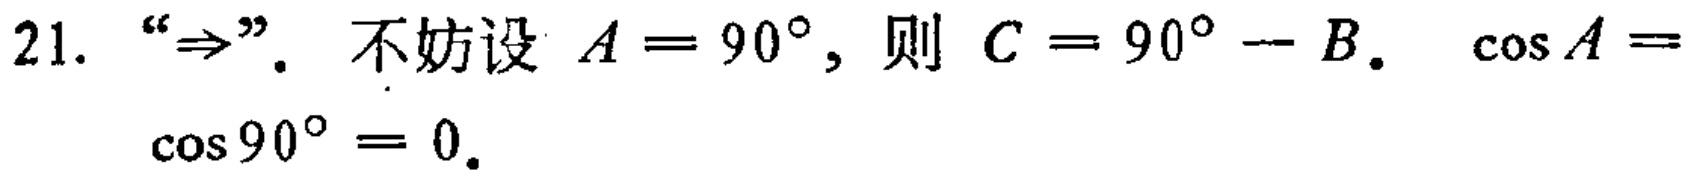
21. “$\Rightarrow$”. 不妨设 $A = 90^{\circ}$, 则 $C = 90^{\circ} - B$. $\cos A = \cos 90^{\circ} = 0$.